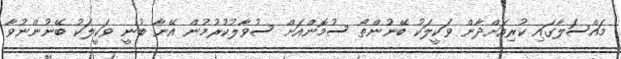
މައްސަލާގައި ކުރިއަށްދާން ވަކީލަކު ބޭނުންތޯ ސުމޮންއަށް ސުވާލުކުރުމުން އޭނާ ބުނީ ވަކީލަކު ބޭނުންނުވާ